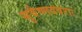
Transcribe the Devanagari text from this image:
सुवैष्णववराः